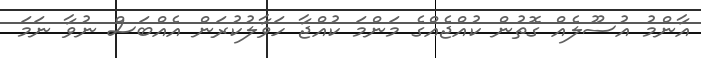
އާންމު އުސޫލެއް ގޮތުން ކުއްޖެއްގެ މަންމަ ކުއްޖާ ހަވާލުކުރަން އެއްބަސް ނުވާ ނަމަ